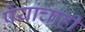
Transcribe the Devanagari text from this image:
पेयांचाही